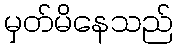
မှတ်မိနေသည်